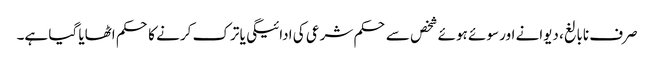
صرف نابالغ، دیوانے اور سوئے ہوئے شخص سے حکم شرعی کی ادائیگی یا ترک کرنے کا حکم اٹھایا گیا ہے۔